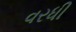
વરધી